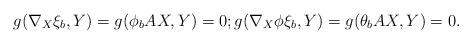
LaTeX: \begin{align*}g(\nabla_X\xi_b,Y)=g(\phi_bAX,Y)=0; g(\nabla_X\phi\xi_b,Y)=g(\theta_bAX,Y)=0. \end{align*}